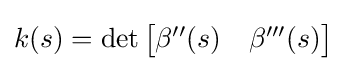
k(s)=\det {\begin{bmatrix}\beta ''(s)&\beta '''(s)\end{bmatrix}}